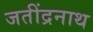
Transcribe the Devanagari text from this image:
जतींद्रनाथ